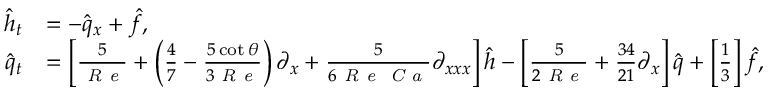
\begin{array} { r l } { \hat { h } _ { t } } & { = - \hat { q } _ { x } + \hat { f } , } \\ { \hat { q } _ { t } } & { = \left[ \frac { 5 } { \mathrm { \textit { R e } } } + \left( \frac { 4 } { 7 } - \frac { 5 \cot { \theta } } { 3 \mathrm { \textit { R e } } } \right) \partial _ { x } + \frac { 5 } { 6 \mathrm { \textit { R e } } \mathrm { \textit { C a } } } \partial _ { x x x } \right] \hat { h } - \left[ \frac { 5 } { 2 \mathrm { \textit { R e } } } + \frac { 3 4 } { 2 1 } \partial _ { x } \right] \hat { q } + \left[ \frac { 1 } { 3 } \right] \hat { f } , } \end{array}